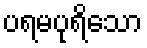
ပရမပုရိသော